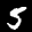
Label: 5